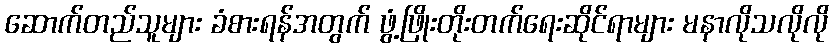
ဆောက်တည်သူများ ခံစားရန်အတွက် ဖွံ့ဖြိုးတိုးတက်ရေးဆိုင်ရာများ မနာလိုသလိုလို